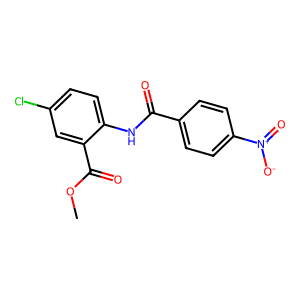
SMILES: COC(=O)c1cc(Cl)ccc1NC(=O)c1ccc([N+](=O)[O-])cc1
Inhibits HIV replication: No